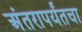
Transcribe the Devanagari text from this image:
अंतरापर्यंतचा